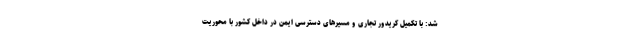
شد: با تکمیل کریدور تجاری و مسیرهای دسترسی ایمن در داخل کشور با محوریت